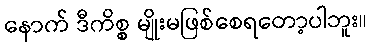
နောက် ဒီကိစ္စ မျိုးမဖြစ်စေရတော့ပါဘူး။